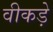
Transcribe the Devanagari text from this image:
वीकड़े